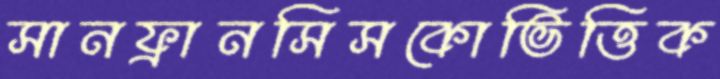
সানফ্রানসিসকোভিত্তিক